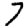
Digit: 7